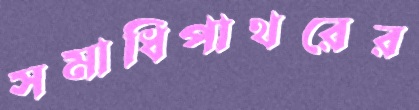
সমাধিপাথরের